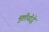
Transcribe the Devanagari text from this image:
मुष्टीयोद्धे